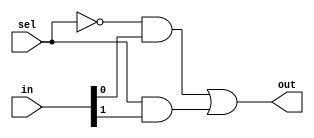
/************************************************************************
Description: 2 to 1 mux using conditional operator
************************************************************************/

module mux_2to1_gate(
	input	[1:0]	in,
    input			sel,
	output			out
);
	
	wire x, y, z;

	not n1	(x, sel);
	and a1	(y, x, in[0]);
	and a2 	(z, sel, in[1]);
	or  o1 	(out, y, z);

endmodule